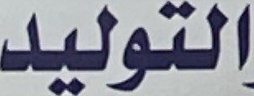
التولید